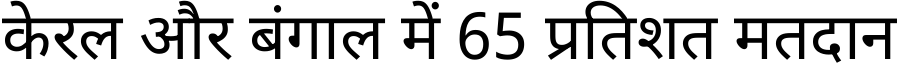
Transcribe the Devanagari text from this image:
केरल और बंगाल में 65 प्रतिशत मतदान